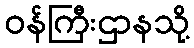
ဝန်ကြီးဌာနသို့